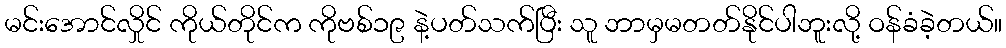
မင်းအောင်လှိုင် ကိုယ်တိုင်က ကိုဗစ်၁၉ နဲ့ပတ်သက်ပြီး သူ ဘာမှမတတ်နိုင်ပါဘူးလို့ ဝန်ခံခဲ့တယ်။